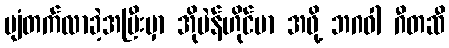
ပျံတက်လာခဲ့အပြီးမှာ အိုပဲန်ဟိုင်မာ အဖို့ ဘဂဝါ ဂီတဆီ